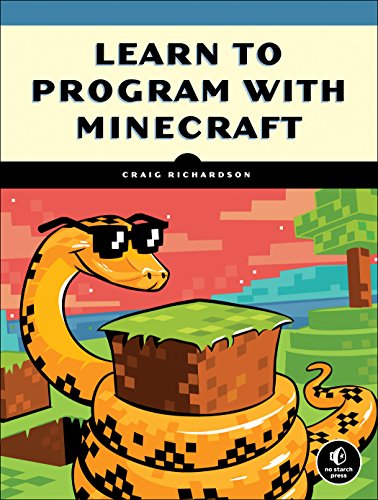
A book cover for Learn to Program with Minecraft; Craig Richardson; Humor & Entertainment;